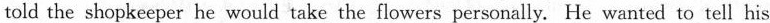
told the shopkeeper he would take the flowers personally. He wanted to tell his